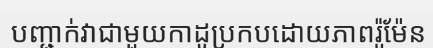
បញ្ជាក់វាជាមួយកាដូប្រកបដោយភាពរ៉ូម៉ែន